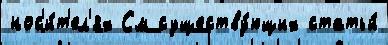
нос'и́т'ел'ях См существу́ющих статьи́